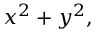
x ^ { 2 } + y ^ { 2 } ,